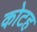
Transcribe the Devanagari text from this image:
कोटह